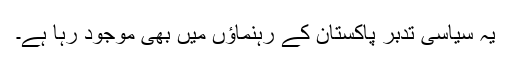
یہ سیاسی تدبر پاکستان کے رہنماؤں میں بھی موجود رہا ہے۔